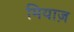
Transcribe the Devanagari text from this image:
मियाज़